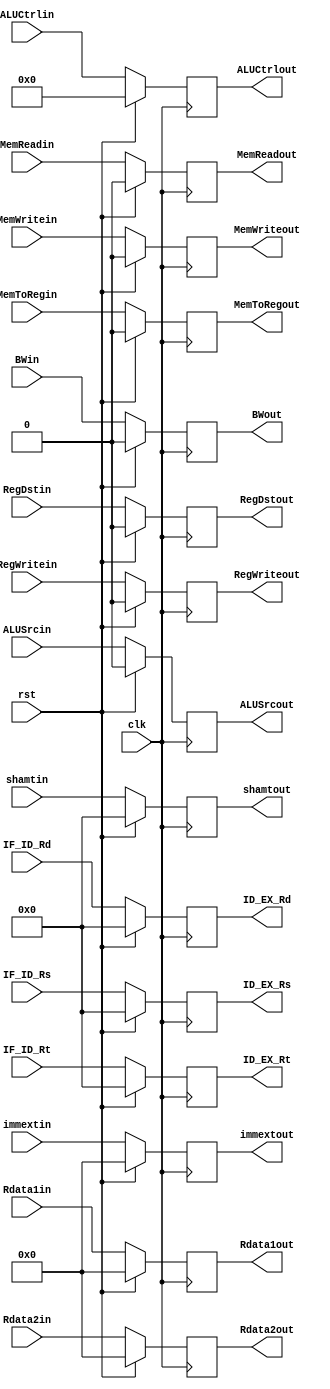
module ID_EX_reg(Rdata1in,Rdata2in,Rdata1out,Rdata2out,immextin,immextout,shamtin,shamtout,IF_ID_Rs,IF_ID_Rt,IF_ID_Rd,ID_EX_Rs,ID_EX_Rt,ID_EX_Rd,
ALUCtrlin,ALUCtrlout,ALUSrcin,ALUSrcout,BWin,BWout,MemWritein,MemWriteout,RegDstin,RegDstout,
MemReadin,MemReadout,RegWritein,RegWriteout,MemToRegin,MemToRegout,clk,rst);
input [31:0] Rdata1in,Rdata2in,immextin;
input [4:0] shamtin,IF_ID_Rs,IF_ID_Rt,IF_ID_Rd;
input [3:0] ALUCtrlin;
input BWin,MemWritein,MemReadin,RegWritein,MemToRegin,RegDstin,ALUSrcin,clk,rst;
output reg [31:0] Rdata1out,Rdata2out,immextout;
output reg [4:0] shamtout,ID_EX_Rs,ID_EX_Rt,ID_EX_Rd;
output reg [3:0] ALUCtrlout;
output reg BWout,MemWriteout,MemReadout,RegWriteout,MemToRegout,RegDstout,ALUSrcout;

always @(posedge clk) begin
if (rst) begin
Rdata1out=32'h000000;Rdata2out=32'h000000;immextout=32'h000000;
shamtout=5'b00000;ID_EX_Rs=5'b00000;ID_EX_Rt=5'b00000;ID_EX_Rd=5'b00000;
ALUCtrlout=4'b0000;
BWout=0;MemWriteout=0;MemReadout=0;RegWriteout=0;MemToRegout=0;RegDstout=0;ALUSrcout=0;
end
else
begin
Rdata1out=Rdata1in;Rdata2out=Rdata2in;immextout=immextin;
shamtout=shamtin;ID_EX_Rs=IF_ID_Rs;ID_EX_Rt=IF_ID_Rt;ID_EX_Rd=IF_ID_Rd;
ALUCtrlout=ALUCtrlin;
BWout=BWin;MemWriteout=MemWritein;MemReadout=MemReadin;RegWriteout=RegWritein;MemToRegout=MemToRegin;RegDstout=RegDstin;ALUSrcout=ALUSrcin;
end
end

endmodule